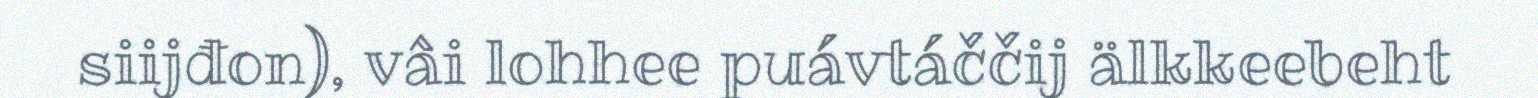
siijđon), vâi lohhee puávtáččij älkkeebeht